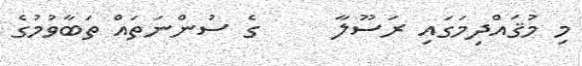
މި މުޤައްދިމަގައި ރަސޫލާ     ގެ ސުންނަތައް ތަބާވުމުގެ